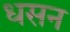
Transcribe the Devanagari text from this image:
धसन